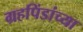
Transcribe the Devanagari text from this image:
ग्रहपिंडांच्या